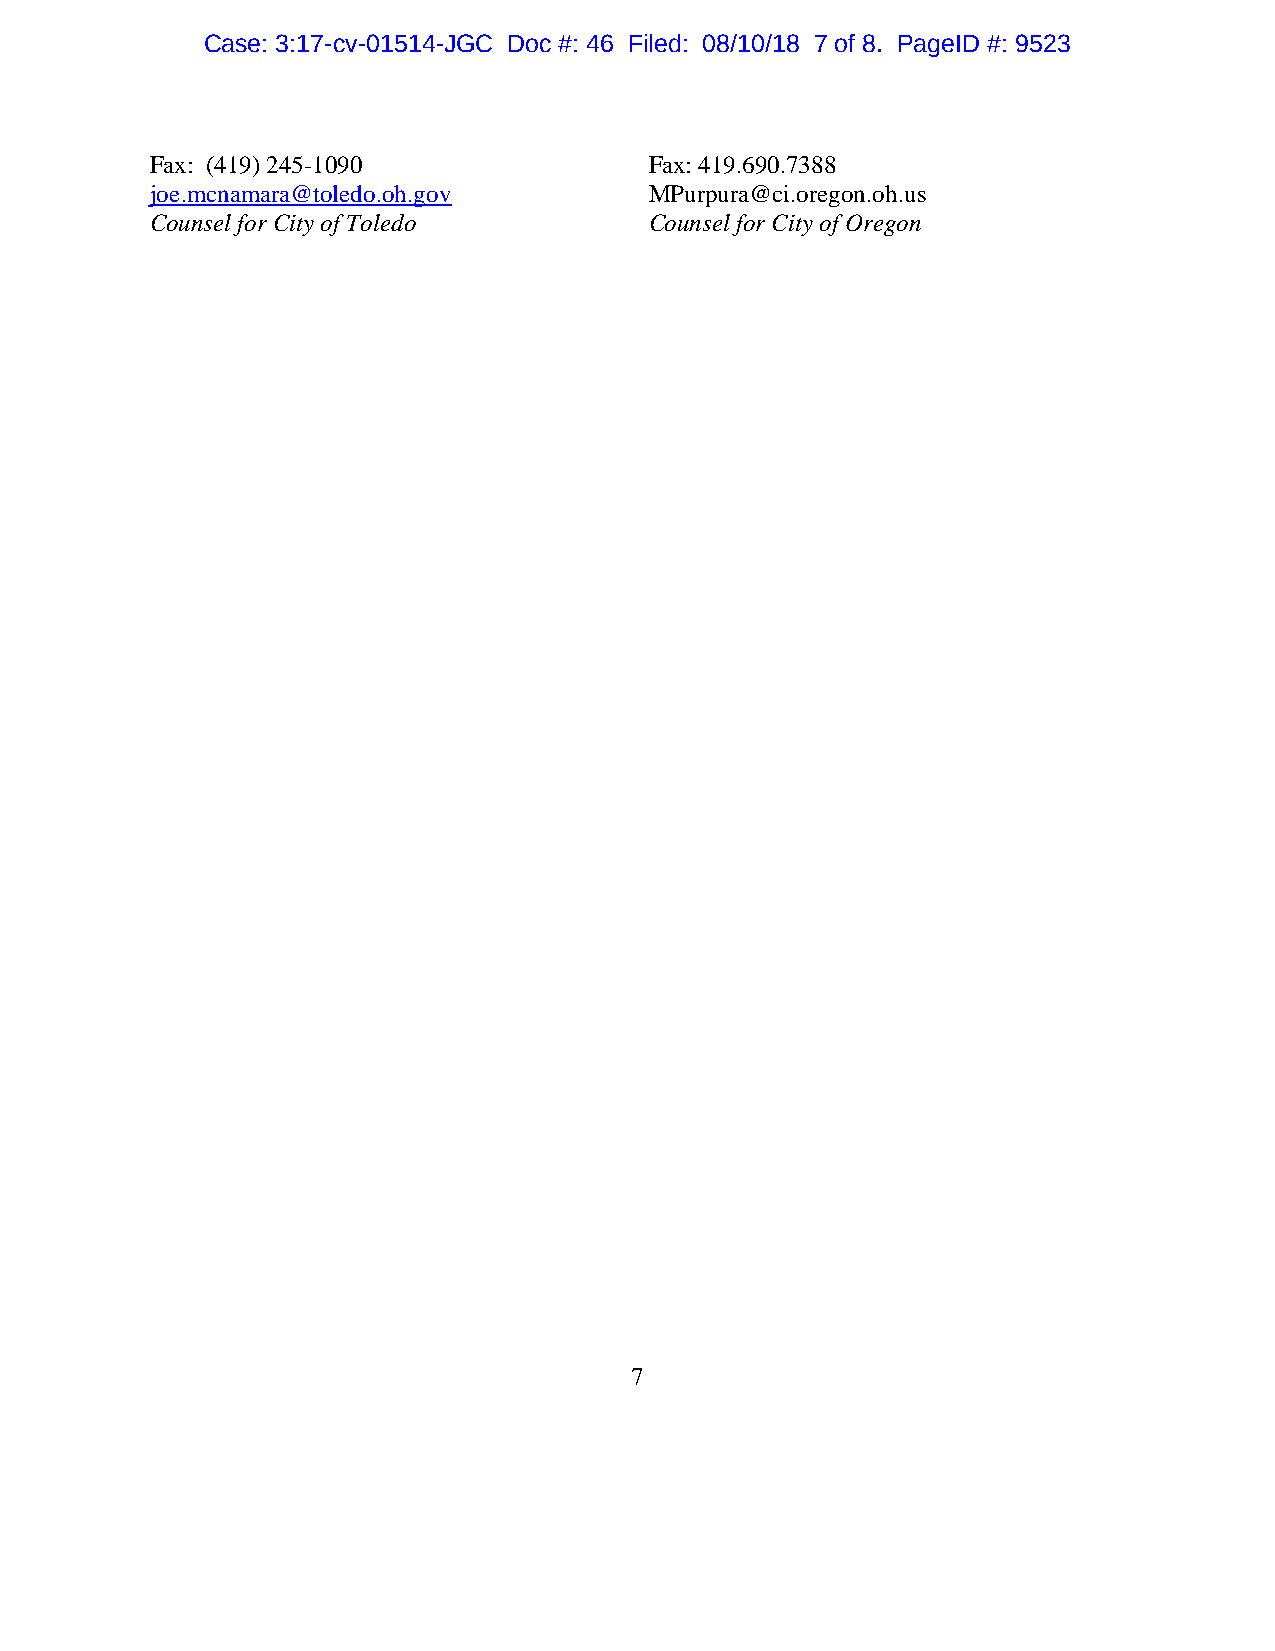
Case: 3:17-cv-01514-JGC Doc #: 46 Filed: 08/10/18 7 of 8. PageID #: 9523
 Fax: (419) 245-1090              Fax: 419.690.7388
 joe.mcnamara@toledo.oh.gov       MPurpura@ci.oregon.oh.us
 Counsel for City of Toledo       Counsel for City of Oregon
 7